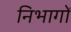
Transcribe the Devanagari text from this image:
निभागों